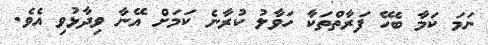
ނަމަ ކަމާ ބެހޭ ފަރާތްތަކާ ހަވާލު ކުރާނެ ކަމަށް އޭނާ ވިދާޅުވި އެވެ.